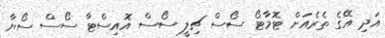
އަދި އޭގެ ތެރެއަށް ޓޮމާޓޯ ސޯސް ޗިލީ ސޯސް އޮއިސްޓާ ސޯސް ސޯޔާ